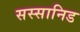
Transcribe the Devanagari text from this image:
सस्सानिड